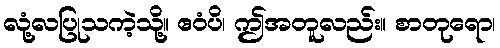
လုံ့လပြုသကဲ့သို့။ ဧဝံပိ၊ ဤအတူလည်း။ စာတုရော၊